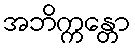
အဘိက္ကန္တော